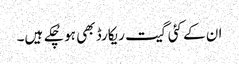
ان کے کئی گیت ریکارڈ بھی ہو چُکے ہیں۔